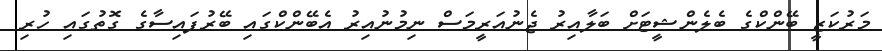
މަރުކަޒީ ބޭންކްގެ ބެލެންޝީޓަށް ބަލާއިރު ޖެނުއަރީމަސް ނިމުނުއިރު އެބޭންކްގައި ބޭރުފައިސާގެ ގޮތުގައި ހުރި